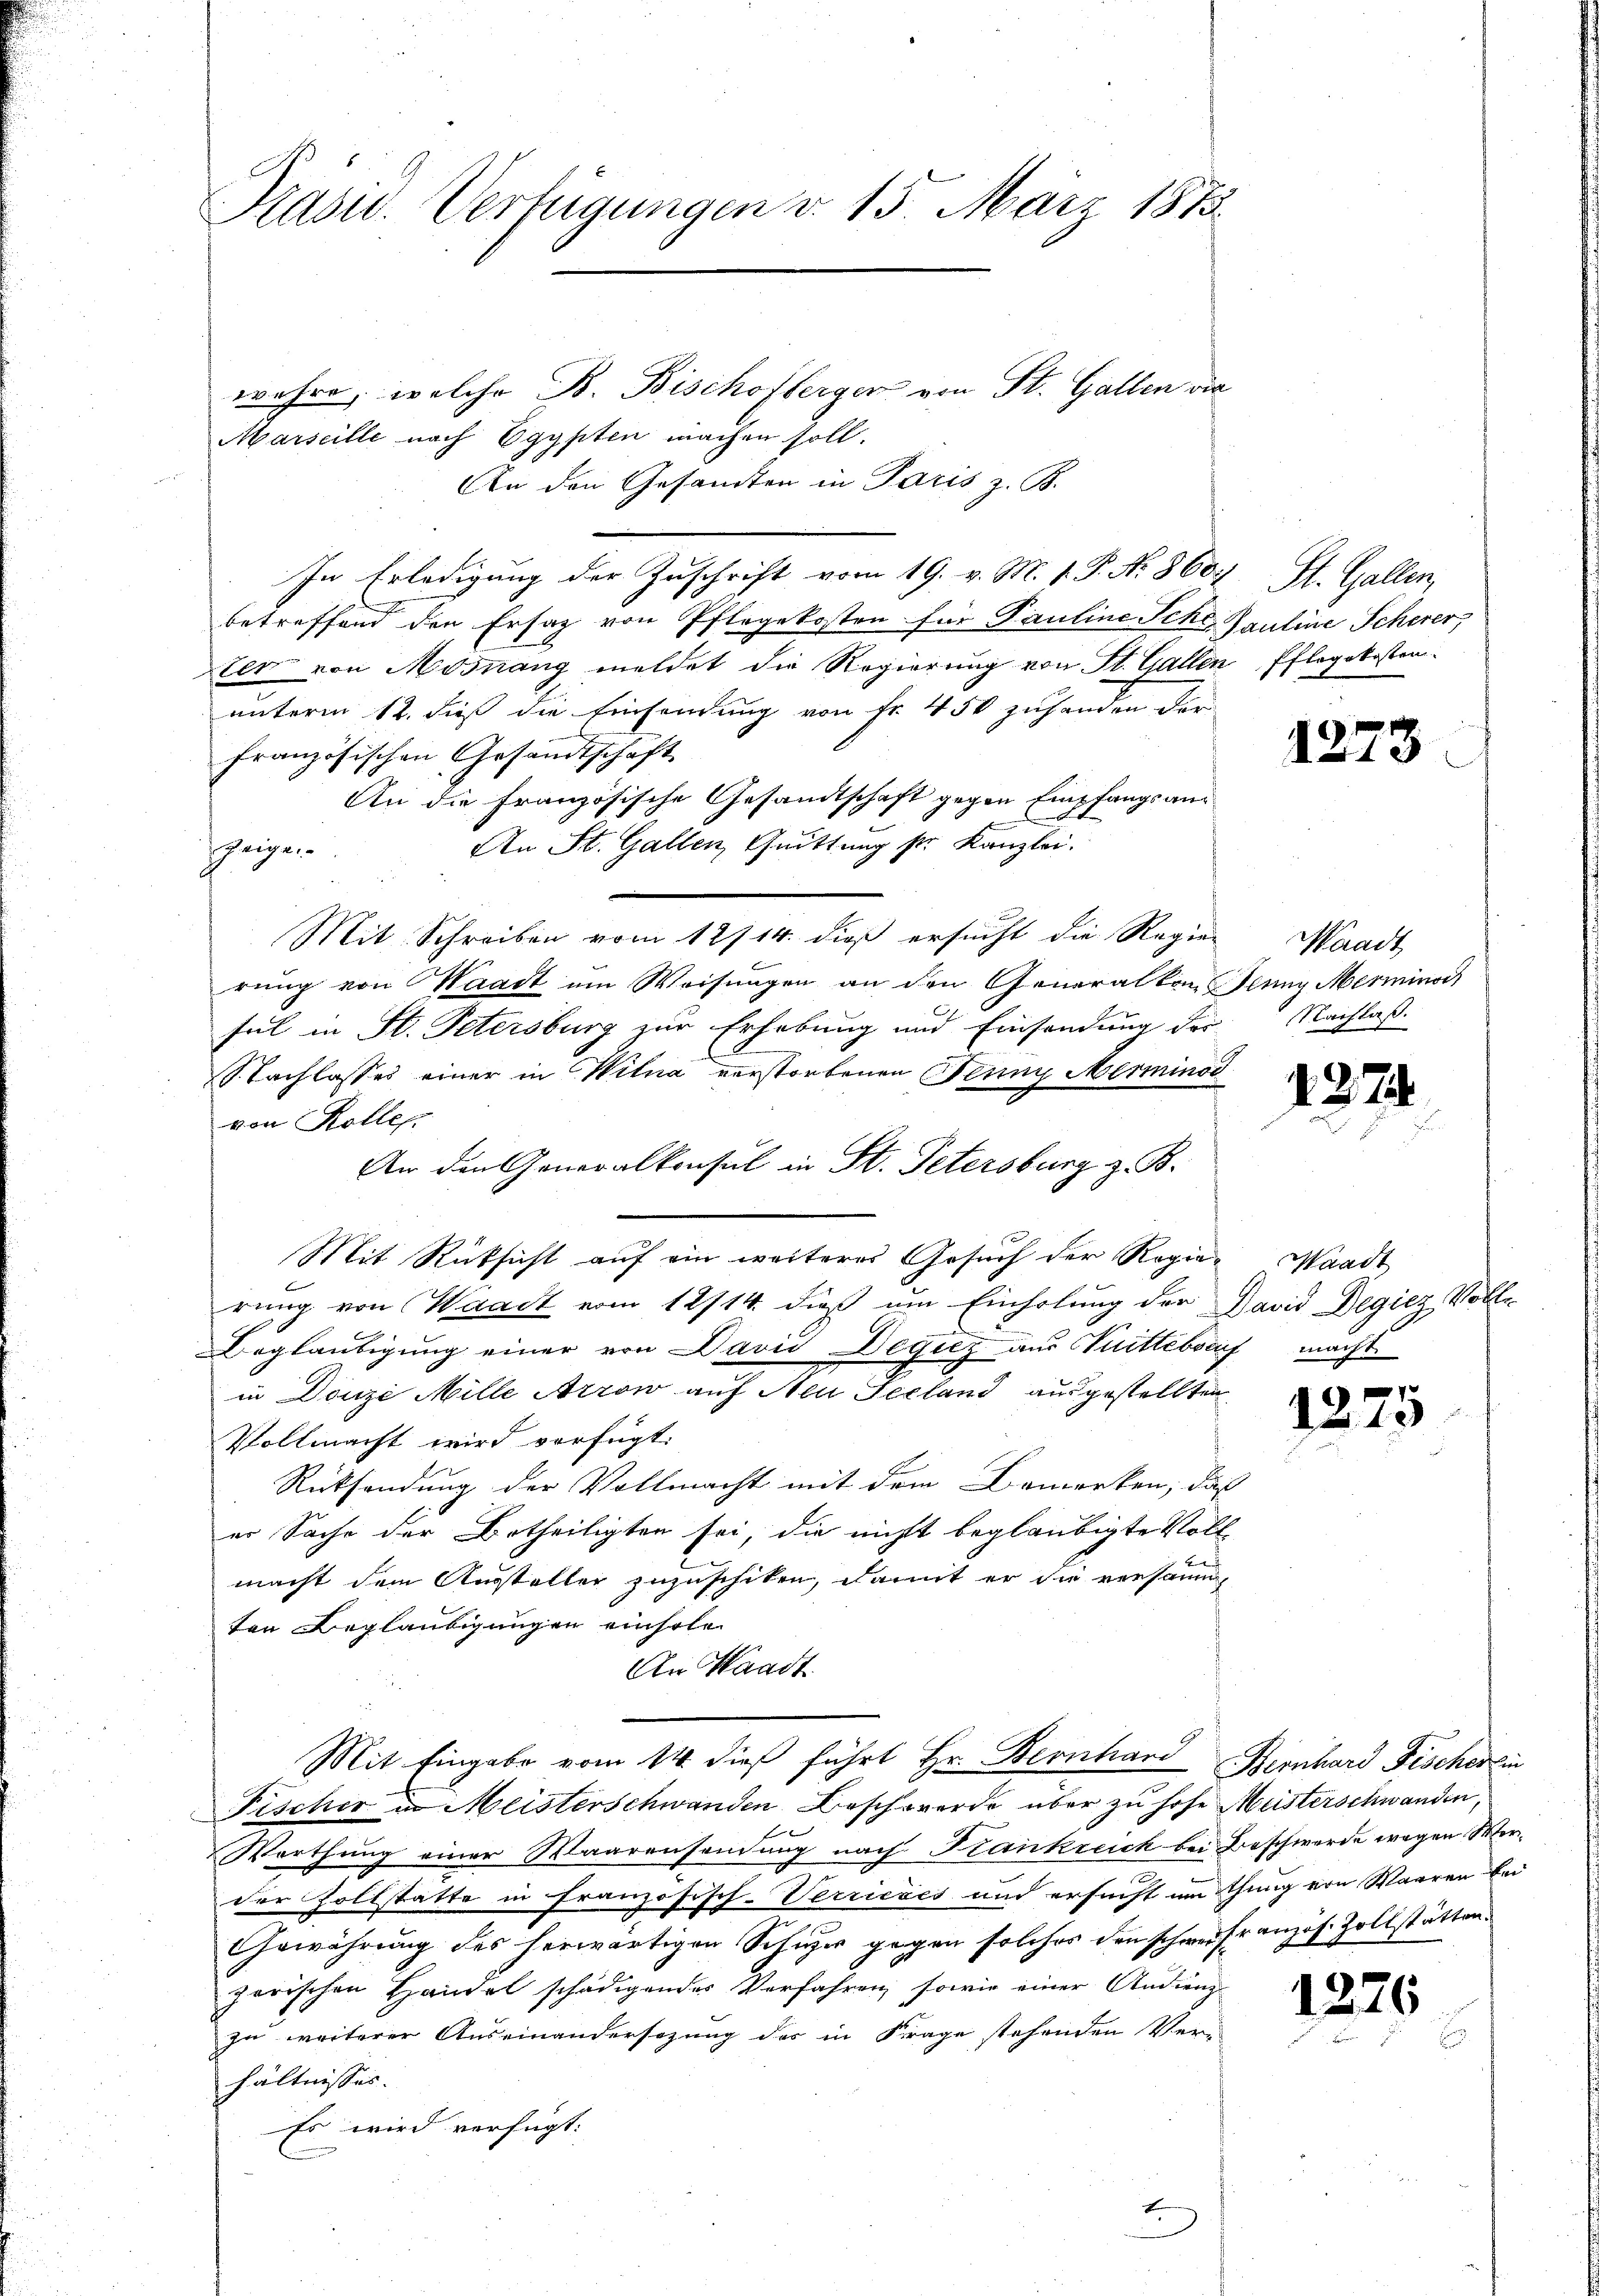
Kasw. Verfügungen d. 15. März 1873.

wehre, welche B. Bischofbergen von St. Gallen die
Marseille nach Egypten machen soll.
An den Gesandten in Paris z. B.
In Erledigung der Zuschrift vom 19. v. M. 1. P. Nr. 8607, St. Gallen,
betreffend den Ersatz von Pflegekosten für Pauline Sche, Pauline Scherer
ter von Mosnang meldet die Regierung von St. Gallen Pflegekosten-
unterm 12. dieß die Einsendung von Fr. 450 zuhanden der
französischen Gesandtschaft
An die Französische Gesandtschaft gegen Empfangsan¬
An St. Gallen, Quittung sr. Kanzlei.
heige
Mit Schreiben vom 12/14. dieß ersucht die Regier
rung von Waadt um Weisungen an den Generalten Jenny Merminor
sel in St. Petersburg zur Erhebung und Einsendung dei-
und
I. Nachlasses einer in Wilna verstorbenen Jenny Merminor
von Kolle.
An den Generalkonsul in St. Petersburg z. B.
Mit Rücksicht auf ein weiteres Gesuch der Regierung von Waadt vom 12/14. dieß um Einholung der David Degicz Voll-
Beglaubigung einer von David Degilz aus Sittebrief macht.
in Donze Mille Arrow auf Neu Seeland ausgestellten
Vollmacht wird verfügt:
Rücksendung der Vollmacht mit dem Bemerken, daß
er Sache der Betheiligten sei, die nicht beglaubigte Voll-
macht dem Aussteller zuzuschiken, damit er die versamm
ten Beglaubigungen einholen
An Waadt
Mit Eingabe vom 14. dieß führt Hr. Bernhard Bernhard Fischerlin
Fischer in Meisterschwanden Beschwerde über zu hohe Meisterschwanden,
F
Werthung einer Waarensamung nach Krankreich bei Beschwerde wegen Werder Zoltstatte in französisch-Verricies und ersucht um thung von Waaren bei
Gewährung des herwärtigen Schur gegen solches den schweifranzös. Zollstättenzerischen Handel schädigendes Verfahren, sowie einer Andreng
zu weiterer Auseinandersezung des in Frage stehenden Ver-
hältnisses.
Es wird verfügt:

1278

Waadt,
Nachlaß.

d. 274

Waadt

1275

1276